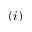
( i )